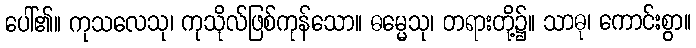
ပေါ်၏။ ကုသလေသု၊ ကုသိုလ်ဖြစ်ကုန်သော။ ဓမ္မေသု၊ တရားတို့၌။ သာဓု၊ ကောင်းစွာ။